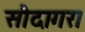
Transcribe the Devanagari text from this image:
सौदागर।